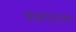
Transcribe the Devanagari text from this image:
कच्चायनसार